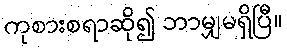
ကုစားစရာဆို၍ ဘာမျှမရှိပြီ။